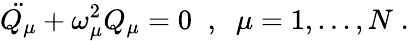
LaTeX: \ddot{Q_{\mu}}+\omega_{\mu}^{2}Q_{\mu}=0\; \; ,\; \; \mu=1,...,N\; .